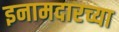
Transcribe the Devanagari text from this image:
इनामदारच्या